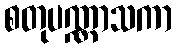
စတုပဏ္ဏာသကာ